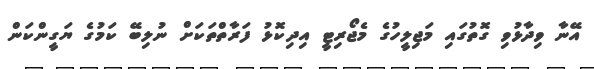
އޭނާ ވިދާޅުވި ގޮތުގައި މަޖިލީހުގެ މެޖޯރިޓީ އިދިކޮޅު ފަރާތްތަކަށް ނުލިބޭ ކަމުގެ ޔަގީންކަން